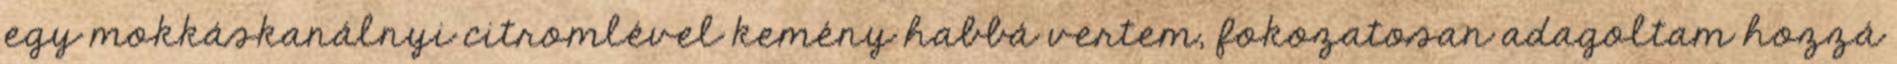
egy mokkáskanálnyi citromlével kemény habbá vertem, fokozatosan adagoltam hozzá